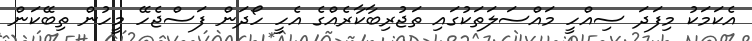
އެކަމަކު މިފަދަ ސިއްހީ މައްސަލަތަކުގައި ތަޖުރިބާކާރެއްގެ އެހީ ހޯދަން ފަސްޖެހޭ މީހުން ތިބޭކަން